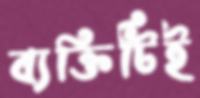
ব্যক্তিটিই